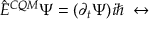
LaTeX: \hat { E } ^ { C Q M } \Psi = ( \partial _ { t } \Psi ) i \hbar \; \leftrightarrow \; \;